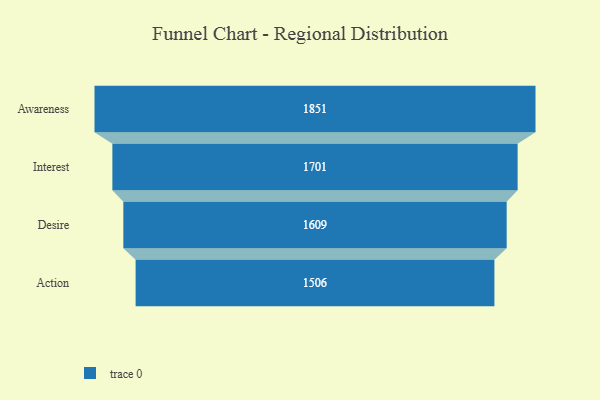
{"axis": {"x": "Stage", "y": "Value"}, "legend": [""], "data": [{"x": "Awareness", "y": 1851.0, "type": ""}, {"x": "Interest", "y": 1701.0, "type": ""}, {"x": "Desire", "y": 1609.0, "type": ""}, {"x": "Action", "y": 1506.0, "type": ""}]}